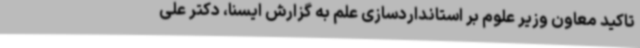
تاکید معاون وزیر علوم بر استانداردسازی علم به گزارش ایسنا، دکتر علی